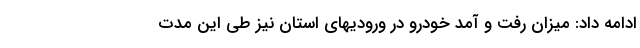
ادامه داد: میزان رفت و آمد خودرو در ورودیهای استان نیز طی این مدت